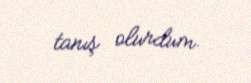
tanış olurdum.